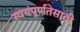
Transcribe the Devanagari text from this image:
स्वयंपूर्णतेसाठी